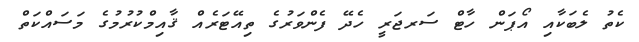
ކެތު ލެބަކާއި އޯޕަން ހާޓް ސަރޖަރީ ހެދޭ ފެންވަރުގެ ތިއޭޓަރެއް ޤާއިމްކުރުމުގެ މަސައްކަތް